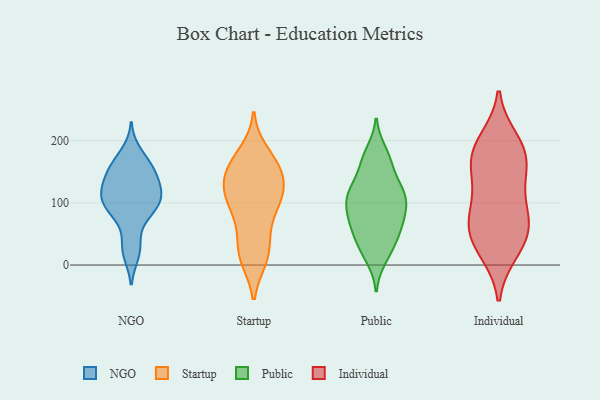
{"axis": {"x": "Gross Profit (USD K)", "y": "Value"}, "legend": ["Individual", "NGO", "Public", "Startup"], "data": [{"x": "", "y": 96, "type": "NGO"}, {"x": "", "y": 18, "type": "NGO"}, {"x": "", "y": 115, "type": "NGO"}, {"x": "", "y": 126, "type": "NGO"}, {"x": "", "y": 159, "type": "NGO"}, {"x": "", "y": 143, "type": "NGO"}, {"x": "", "y": 129, "type": "NGO"}, {"x": "", "y": 22, "type": "NGO"}, {"x": "", "y": 164, "type": "NGO"}, {"x": "", "y": 102, "type": "NGO"}, {"x": "", "y": 116, "type": "NGO"}, {"x": "", "y": 80, "type": "NGO"}, {"x": "", "y": 95, "type": "NGO"}, {"x": "", "y": 157, "type": "NGO"}, {"x": "", "y": 150, "type": "NGO"}, {"x": "", "y": 39, "type": "NGO"}, {"x": "", "y": 119, "type": "NGO"}, {"x": "", "y": 85, "type": "NGO"}, {"x": "", "y": 96, "type": "NGO"}, {"x": "", "y": 181, "type": "NGO"}, {"x": "", "y": 108, "type": "Startup"}, {"x": "", "y": 106, "type": "Startup"}, {"x": "", "y": 162, "type": "Startup"}, {"x": "", "y": 136, "type": "Startup"}, {"x": "", "y": 15, "type": "Startup"}, {"x": "", "y": 11, "type": "Startup"}, {"x": "", "y": 100, "type": "Startup"}, {"x": "", "y": 134, "type": "Startup"}, {"x": "", "y": 164, "type": "Startup"}, {"x": "", "y": 156, "type": "Startup"}, {"x": "", "y": 100, "type": "Startup"}, {"x": "", "y": 161, "type": "Startup"}, {"x": "", "y": 63, "type": "Startup"}, {"x": "", "y": 26, "type": "Startup"}, {"x": "", "y": 180, "type": "Startup"}, {"x": "", "y": 61, "type": "Startup"}, {"x": "", "y": 12, "type": "Startup"}, {"x": "", "y": 115, "type": "Startup"}, {"x": "", "y": 128, "type": "Startup"}, {"x": "", "y": 133, "type": "Public"}, {"x": "", "y": 167, "type": "Public"}, {"x": "", "y": 69, "type": "Public"}, {"x": "", "y": 11, "type": "Public"}, {"x": "", "y": 120, "type": "Public"}, {"x": "", "y": 182, "type": "Public"}, {"x": "", "y": 48, "type": "Public"}, {"x": "", "y": 107, "type": "Public"}, {"x": "", "y": 104, "type": "Public"}, {"x": "", "y": 72, "type": "Public"}, {"x": "", "y": 109, "type": "Public"}, {"x": "", "y": 69, "type": "Public"}, {"x": "", "y": 26, "type": "Public"}, {"x": "", "y": 84, "type": "Public"}, {"x": "", "y": 38, "type": "Public"}, {"x": "", "y": 163, "type": "Public"}, {"x": "", "y": 115, "type": "Public"}, {"x": "", "y": 158, "type": "Individual"}, {"x": "", "y": 123, "type": "Individual"}, {"x": "", "y": 67, "type": "Individual"}, {"x": "", "y": 200, "type": "Individual"}, {"x": "", "y": 138, "type": "Individual"}, {"x": "", "y": 27, "type": "Individual"}, {"x": "", "y": 22, "type": "Individual"}, {"x": "", "y": 44, "type": "Individual"}, {"x": "", "y": 80, "type": "Individual"}, {"x": "", "y": 188, "type": "Individual"}, {"x": "", "y": 80, "type": "Individual"}, {"x": "", "y": 177, "type": "Individual"}, {"x": "", "y": 180, "type": "Individual"}, {"x": "", "y": 62, "type": "Individual"}]}